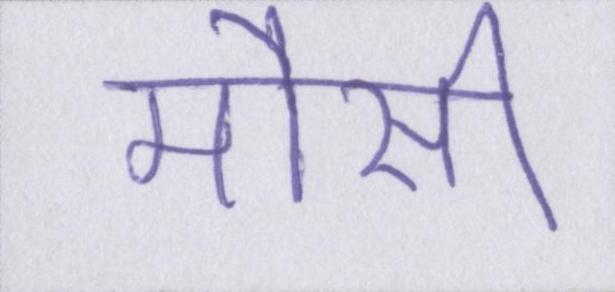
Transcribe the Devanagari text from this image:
मौसी